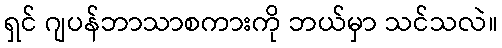
ရှင် ဂျပန်ဘာသာစကားကို ဘယ်မှာ သင်သလဲ။